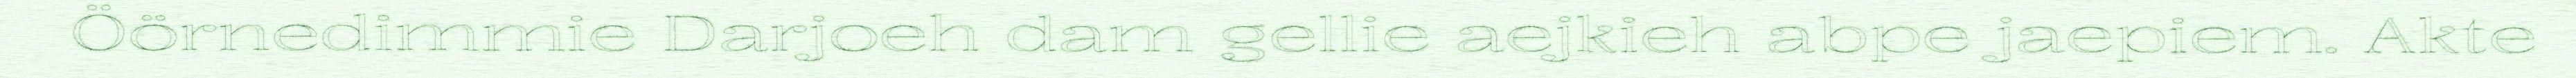
Öörnedimmie Darjoeh dam gellie aejkieh abpe jaepiem. Akte